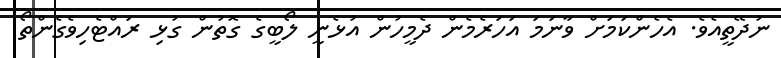
ނުދޭތީއެވެ. އެހެންކަމަށް ވާނަމަ އަހަރެމެން ދެމީހުން އުޅެނީ ލޯބީގެ ގޮތުން ގުޅި ރައްޓެހިވެގެންތޯ